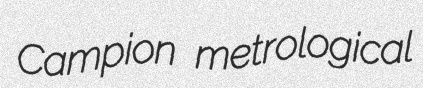
Campion metrological